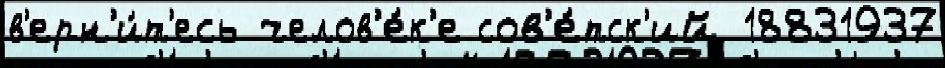
в'ерн'и́т'есь челов'е́к'е сов'е́тск'ий 18831937